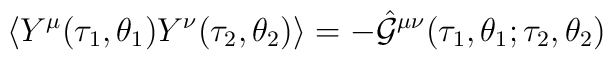
\langle Y^{\mu}(\tau_1,\theta_1)Y^{\nu}(\tau_2,\theta_2)\rangle    = - \hat {\cal G}^{\mu\nu}(\tau_1,\theta_1;\tau_2,\theta_2)